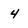
Character: 4